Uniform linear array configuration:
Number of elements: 64
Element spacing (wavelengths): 0.5
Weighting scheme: hann
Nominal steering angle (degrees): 30
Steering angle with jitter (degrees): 29.451
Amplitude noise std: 0.05
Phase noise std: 0.05

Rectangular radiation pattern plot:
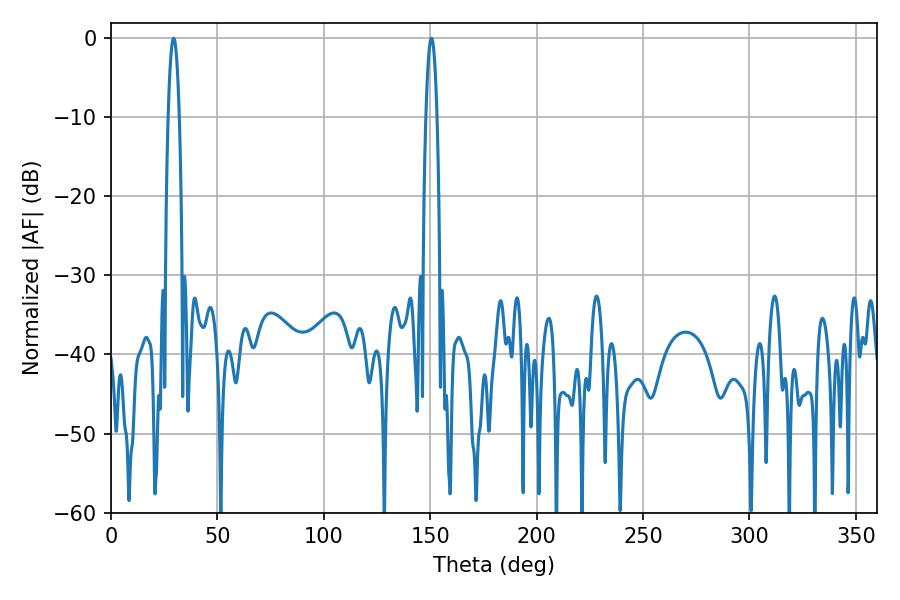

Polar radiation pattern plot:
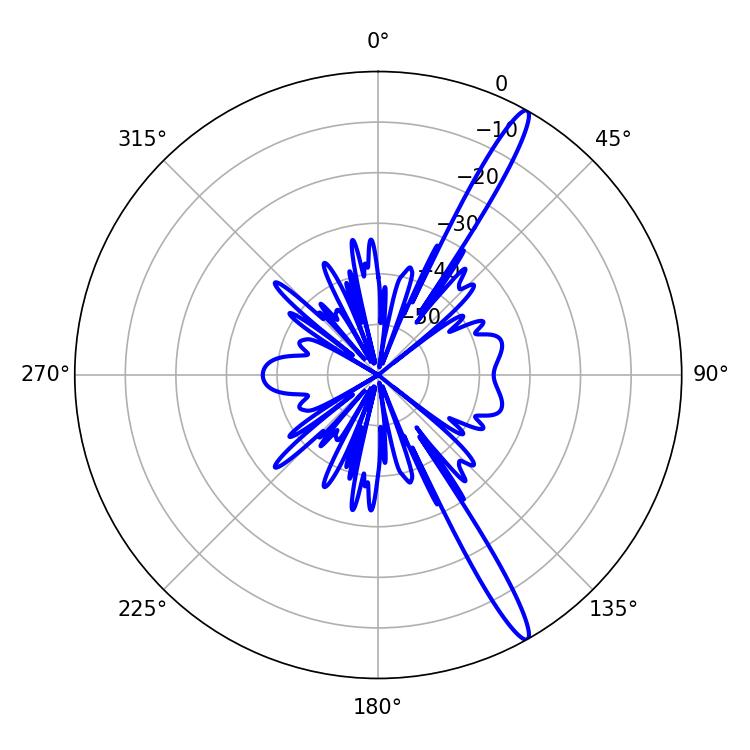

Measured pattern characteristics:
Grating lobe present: FALSE
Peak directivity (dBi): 15.675
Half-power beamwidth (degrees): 2.7
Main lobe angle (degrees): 29.34